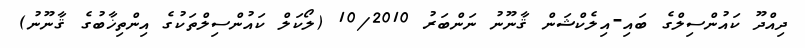
ދިއްދޫ ކައުންސިލްގެ ބައި-އިލެކްޝަން ޤާނޫނު ނަންބަރު 10/2010 (ލޯކަލް ކައުންސިލްތަކުގެ އިންތިޚާބުގެ ޤާނޫނު)